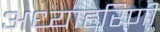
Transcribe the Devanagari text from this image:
अध्याहरिणी